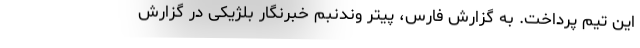
این تیم پرداخت. به گزارش فارس، پیتر وندنبم خبرنگار بلژیکی در گزارش